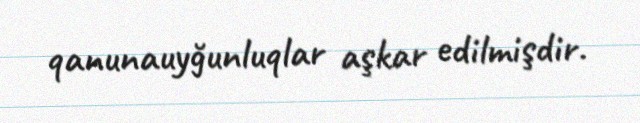
qanunauyğunluqlar aşkar edilmişdir.